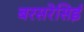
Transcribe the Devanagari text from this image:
बरसरेसिई